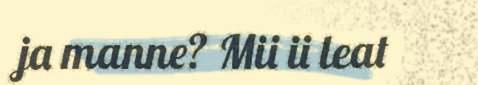
ja manne? Mii ii leat